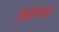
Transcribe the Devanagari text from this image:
टैमेरिन्डस